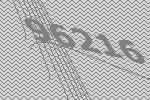
96216